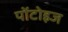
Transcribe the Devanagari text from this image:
पोंटोइज